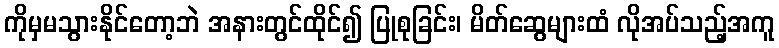
ကိုမှမသွားနိုင်တော့ဘဲ အနားတွင်ထိုင်၍ ပြုစုခြင်း၊ မိတ်ဆွေများထံ လိုအပ်သည့်အကူ